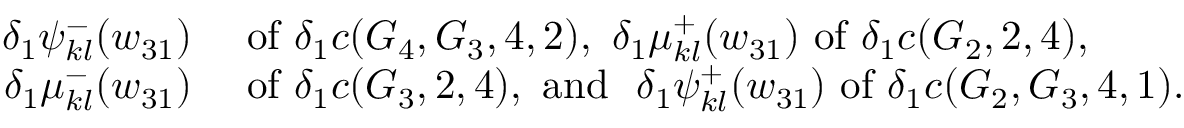
\begin{array} { r l } { \delta _ { 1 } \psi _ { k l } ^ { - } ( w _ { 3 1 } ) } & { \mathrm { ~ o f ~ } \delta _ { 1 } c ( G _ { 4 } , G _ { 3 } , 4 , 2 ) , \ \delta _ { 1 } \mu _ { k l } ^ { + } ( w _ { 3 1 } ) \mathrm { ~ o f ~ } \delta _ { 1 } c ( G _ { 2 } , 2 , 4 ) , } \\ { \delta _ { 1 } \mu _ { k l } ^ { - } ( w _ { 3 1 } ) } & { \mathrm { ~ o f ~ } \delta _ { 1 } c ( G _ { 3 } , 2 , 4 ) , \mathrm { ~ a n d ~ } \ \delta _ { 1 } \psi _ { k l } ^ { + } ( w _ { 3 1 } ) \mathrm { ~ o f ~ } \delta _ { 1 } c ( G _ { 2 } , G _ { 3 } , 4 , 1 ) . } \end{array}